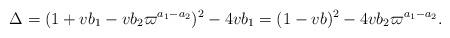
LaTeX: \begin{align*}\Delta = (1+vb_1-vb_2\varpi^{a_1-a_2})^2-4vb_1 = (1-vb)^2-4vb_2\varpi^{a_1-a_2}. \end{align*}